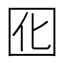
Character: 囮